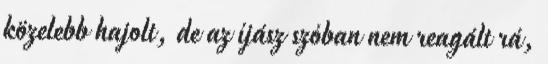
közelebb hajolt, de az íjász szóban nem reagált rá,